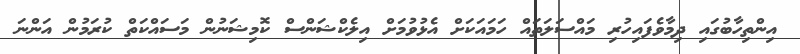
އިންތިހާބުގައި ދިމާވެފައިހުރި މައްސަލަތައް ހަމައަކަށް އެޅުވުމަށް އިލެކްޝަންސް ކޮމިޝަނުން މަސައްކަތް ކުރަމުން އަންނަ